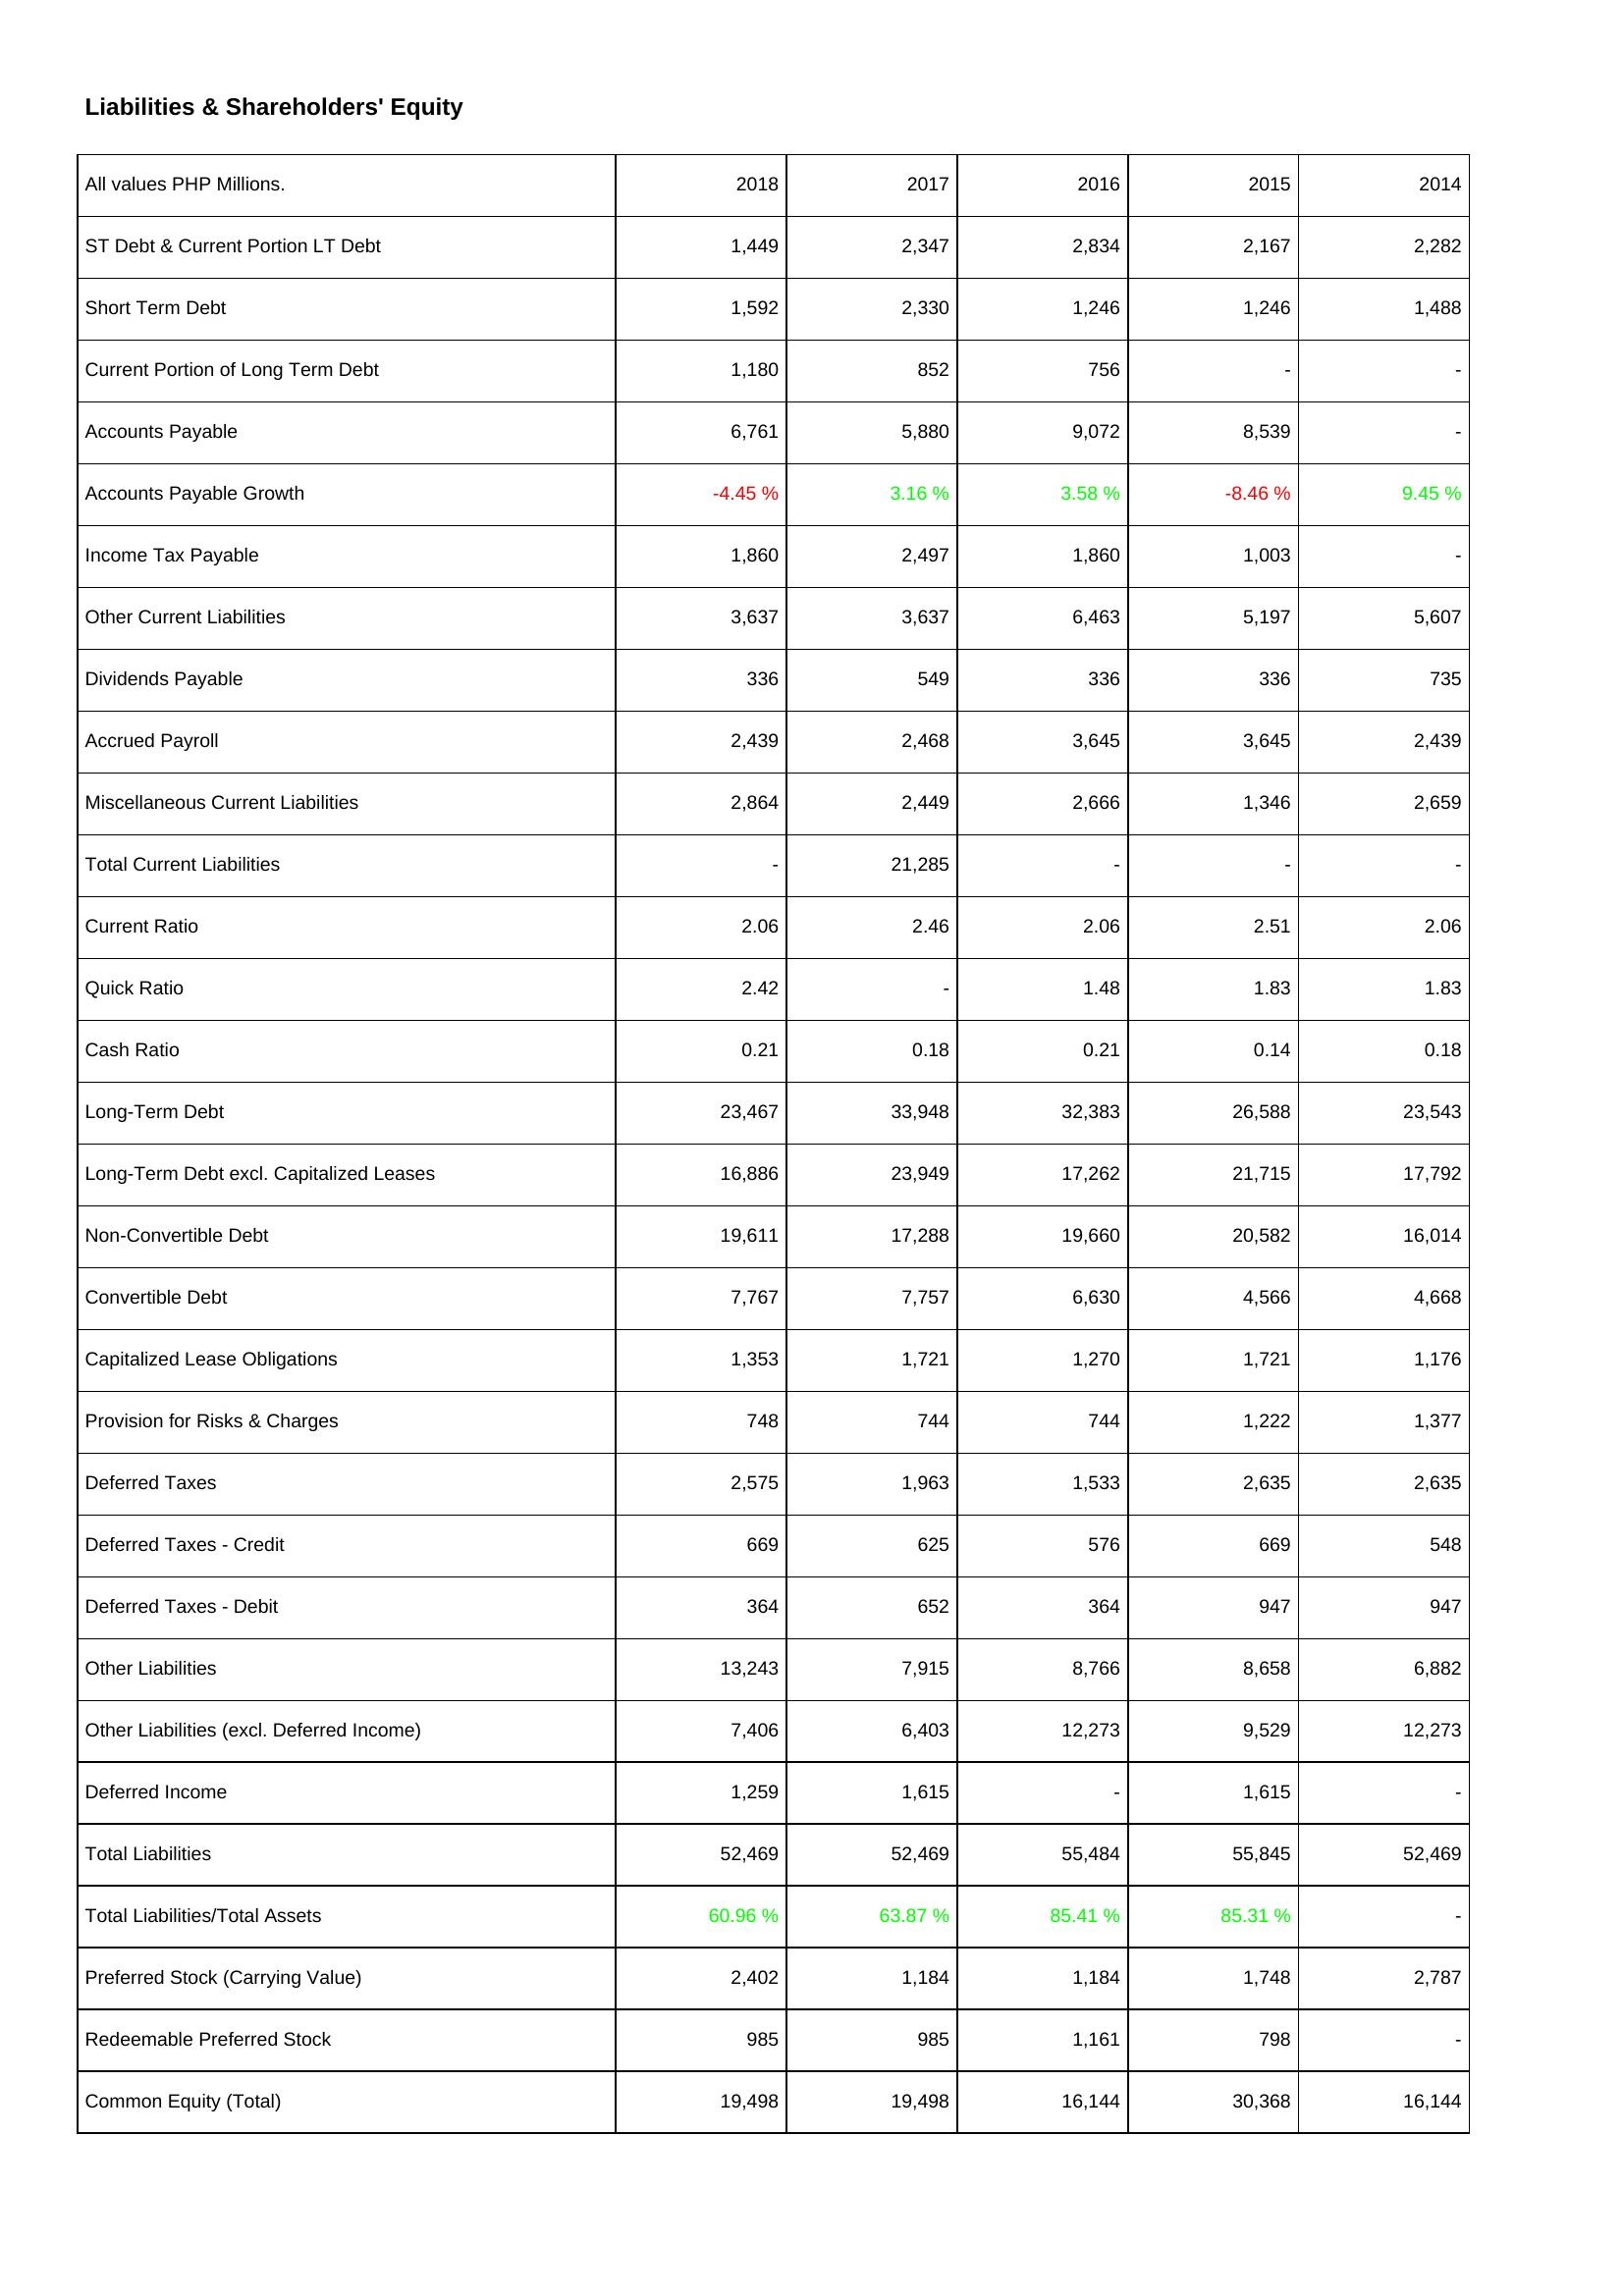
2018: Liabilities & Shareholders' Equity: ST Debt & Current Portion LT Debt: 1,449
Short Term Debt: 1,592
Current Portion of Long Term Debt: 1,180
Accounts Payable: 6,761
Accounts Payable Growth: -4.45 %
Income Tax Payable: 1,860
Other Current Liabilities: 3,637
Dividends Payable: 336
Accrued Payroll: 2,439
Miscellaneous Current Liabilities: 2,864
Total Current Liabilities: -
Current Ratio: 2.06
Quick Ratio: 2.42
Cash Ratio: 0.21
Long-Term Debt: 23,467
Long-Term Debt excl. Capitalized Leases: 16,886
Non-Convertible Debt: 19,611
Convertible Debt: 7,767
Capitalized Lease Obligations: 1,353
Provision for Risks & Charges: 748
Deferred Taxes: 2,575
Deferred Taxes - Credit: 669
Deferred Taxes - Debit: 364
Other Liabilities: 13,243
Other Liabilities (excl. Deferred Income): 7,406
Deferred Income: 1,259
Total Liabilities: 52,469
Total Liabilities/Total Assets: 60.96 %
Preferred Stock (Carrying Value): 2,402
Redeemable Preferred Stock: 985
Common Equity (Total): 19,498
2017: Liabilities & Shareholders' Equity: ST Debt & Current Portion LT Debt: 2,347
Short Term Debt: 2,330
Current Portion of Long Term Debt: 852
Accounts Payable: 5,880
Accounts Payable Growth: 3.16 %
Income Tax Payable: 2,497
Other Current Liabilities: 3,637
Dividends Payable: 549
Accrued Payroll: 2,468
Miscellaneous Current Liabilities: 2,449
Total Current Liabilities: 21,285
Current Ratio: 2.46
Quick Ratio: -
Cash Ratio: 0.18
Long-Term Debt: 33,948
Long-Term Debt excl. Capitalized Leases: 23,949
Non-Convertible Debt: 17,288
Convertible Debt: 7,757
Capitalized Lease Obligations: 1,721
Provision for Risks & Charges: 744
Deferred Taxes: 1,963
Deferred Taxes - Credit: 625
Deferred Taxes - Debit: 652
Other Liabilities: 7,915
Other Liabilities (excl. Deferred Income): 6,403
Deferred Income: 1,615
Total Liabilities: 52,469
Total Liabilities/Total Assets: 63.87 %
Preferred Stock (Carrying Value): 1,184
Redeemable Preferred Stock: 985
Common Equity (Total): 19,498
2016: Liabilities & Shareholders' Equity: ST Debt & Current Portion LT Debt: 2,834
Short Term Debt: 1,246
Current Portion of Long Term Debt: 756
Accounts Payable: 9,072
Accounts Payable Growth: 3.58 %
Income Tax Payable: 1,860
Other Current Liabilities: 6,463
Dividends Payable: 336
Accrued Payroll: 3,645
Miscellaneous Current Liabilities: 2,666
Total Current Liabilities: -
Current Ratio: 2.06
Quick Ratio: 1.48
Cash Ratio: 0.21
Long-Term Debt: 32,383
Long-Term Debt excl. Capitalized Leases: 17,262
Non-Convertible Debt: 19,660
Convertible Debt: 6,630
Capitalized Lease Obligations: 1,270
Provision for Risks & Charges: 744
Deferred Taxes: 1,533
Deferred Taxes - Credit: 576
Deferred Taxes - Debit: 364
Other Liabilities: 8,766
Other Liabilities (excl. Deferred Income): 12,273
Deferred Income: -
Total Liabilities: 55,484
Total Liabilities/Total Assets: 85.41 %
Preferred Stock (Carrying Value): 1,184
Redeemable Preferred Stock: 1,161
Common Equity (Total): 16,144
2015: Liabilities & Shareholders' Equity: ST Debt & Current Portion LT Debt: 2,167
Short Term Debt: 1,246
Current Portion of Long Term Debt: -
Accounts Payable: 8,539
Accounts Payable Growth: -8.46 %
Income Tax Payable: 1,003
Other Current Liabilities: 5,197
Dividends Payable: 336
Accrued Payroll: 3,645
Miscellaneous Current Liabilities: 1,346
Total Current Liabilities: -
Current Ratio: 2.51
Quick Ratio: 1.83
Cash Ratio: 0.14
Long-Term Debt: 26,588
Long-Term Debt excl. Capitalized Leases: 21,715
Non-Convertible Debt: 20,582
Convertible Debt: 4,566
Capitalized Lease Obligations: 1,721
Provision for Risks & Charges: 1,222
Deferred Taxes: 2,635
Deferred Taxes - Credit: 669
Deferred Taxes - Debit: 947
Other Liabilities: 8,658
Other Liabilities (excl. Deferred Income): 9,529
Deferred Income: 1,615
Total Liabilities: 55,845
Total Liabilities/Total Assets: 85.31 %
Preferred Stock (Carrying Value): 1,748
Redeemable Preferred Stock: 798
Common Equity (Total): 30,368
2014: Liabilities & Shareholders' Equity: ST Debt & Current Portion LT Debt: 2,282
Short Term Debt: 1,488
Current Portion of Long Term Debt: -
Accounts Payable: -
Accounts Payable Growth: 9.45 %
Income Tax Payable: -
Other Current Liabilities: 5,607
Dividends Payable: 735
Accrued Payroll: 2,439
Miscellaneous Current Liabilities: 2,659
Total Current Liabilities: -
Current Ratio: 2.06
Quick Ratio: 1.83
Cash Ratio: 0.18
Long-Term Debt: 23,543
Long-Term Debt excl. Capitalized Leases: 17,792
Non-Convertible Debt: 16,014
Convertible Debt: 4,668
Capitalized Lease Obligations: 1,176
Provision for Risks & Charges: 1,377
Deferred Taxes: 2,635
Deferred Taxes - Credit: 548
Deferred Taxes - Debit: 947
Other Liabilities: 6,882
Other Liabilities (excl. Deferred Income): 12,273
Deferred Income: -
Total Liabilities: 52,469
Total Liabilities/Total Assets: -
Preferred Stock (Carrying Value): 2,787
Redeemable Preferred Stock: -
Common Equity (Total): 16,144